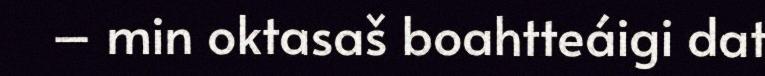
– min oktasaš boahtteáigi dat